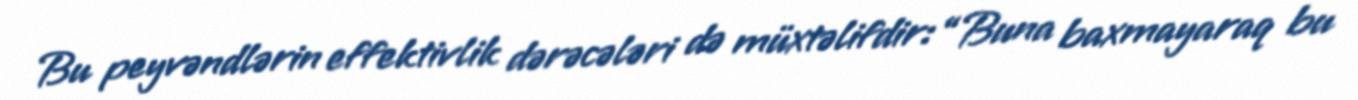
Bu peyvəndlərin effektivlik dərəcələri də müxtəlifdir: “Buna baxmayaraq bu